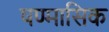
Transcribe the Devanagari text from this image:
षण्मासिक